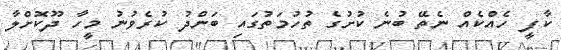
ކާފީ ހެއްކެއް ނެތޭ ބުނެ ކުށުގެ ތުހުމަތުގައި ބަންދު ކުރެވުނު މީހާ ދޫކޮށްލާ